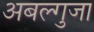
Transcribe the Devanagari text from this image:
अबल्गुजा